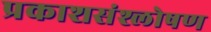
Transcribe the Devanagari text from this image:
प्रकाशसंश्लोषण